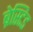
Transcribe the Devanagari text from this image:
ब्रेस्टिड